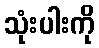
သုံးပါးကို